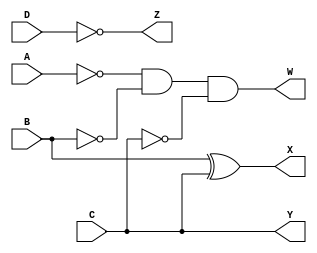
// nine complement module
//Anas Talib - 1203051
module nine_complement(A,B,C,D,W,X,Y,Z);
input A,B,C,D;
output W,X,Y,Z;
assign W=!A && !B && !C;
assign X= B^C;
assign Y= C;
assign Z=!D;
endmodule